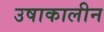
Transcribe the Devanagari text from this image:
उषाकालीन